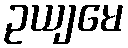
ဥယျမေ